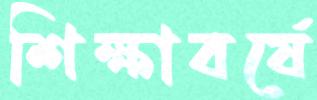
শিক্ষাবর্ষে